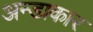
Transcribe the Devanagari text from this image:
अन्डाकार